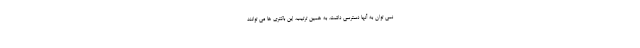
نمی توان به آنها دسترسی داشت. به همین ترتیب، این باکتری ها می توانند